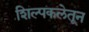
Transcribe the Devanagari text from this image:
शिल्पकलेतून